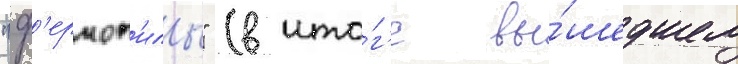
"ф'ермоп'илы" (в ито́г'е вы́шедшем